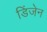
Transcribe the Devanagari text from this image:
डिंजेन